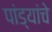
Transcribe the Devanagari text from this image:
पांड्यांचे